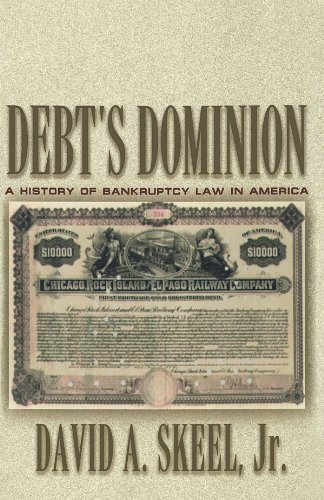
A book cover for Debt's Dominion: A History of Bankruptcy Law in America; David A. Skeel; Law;